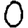
Digit: 0